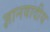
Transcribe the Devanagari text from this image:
ज्ञानवादीय